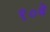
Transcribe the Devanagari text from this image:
९०वे